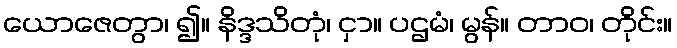
ယောဇေတွာ၊ ၍။ နိဒ္ဒသိတုံ၊ ငှာ။ ပဌမံ၊ မွန်။ တာဝ၊ တိုင်း။